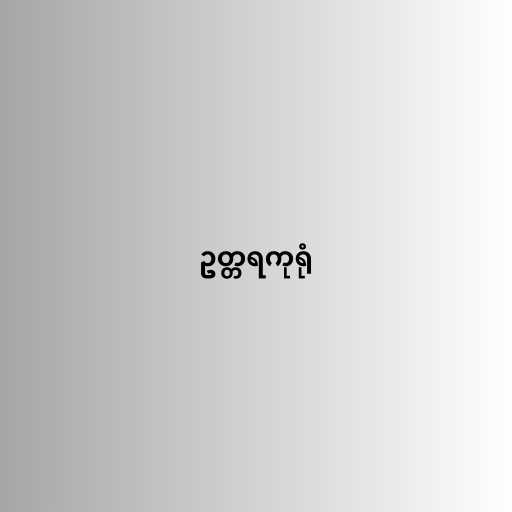
ဥတ္တရကုရုံ